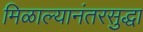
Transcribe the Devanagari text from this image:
मिळाल्यानंतरसुद्धा